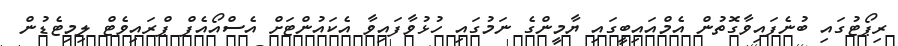
ރިޕޯޓުގައި ބުނެފައިވާގޮތުން އެމްއައިބީގައި ޔާމީންގެ ނަމުގައި ހުޅުވާފައިވާ އެކައުންޓަށް އެސްއޯއެފް ޕްރައިވެޓް ލިމިޓެޑުން